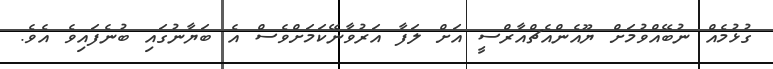
ގުޅުމެއް ނުބޭއްވުމަށް ޔޫއެންއެޗްއާރްސީ އަށް ލަފާ އަރުވާނޭކަމަށްވެސް އެ ބަޔާނުގައި ބުނެފައިވެ އެވެ.